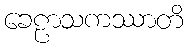
ခေဠာသကဿာတိ